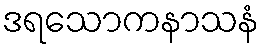
ဒရသောကနာသနံ